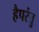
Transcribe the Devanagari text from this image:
हैपरंतु